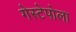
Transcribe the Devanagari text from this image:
गेस्टेपोला